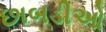
છાબડીઓ